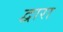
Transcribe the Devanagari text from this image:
द्वारा